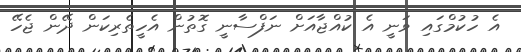
އެ ހުކުމްގައި ވަނީ އެ ކުއްޖާއަށް ނަފްސާނީ ގޮތުން އެހީތެރިކަން ދޭން ޖެހޭ